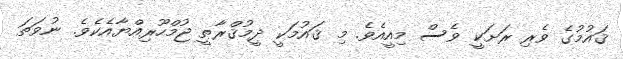
ޤައުމުގެ ވެރި ރަށަކީ ވެސް މިއީއެވެ. މި ޤައުމަކީ ދީމުޤްރާޠީ ޖުމްހޫރިއްޔާއެކެވެ. ނުވަތަ